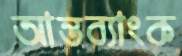
আন্তব্যাংক